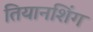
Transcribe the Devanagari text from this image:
तियानशिंग